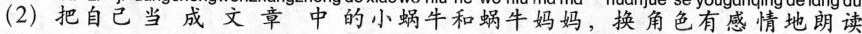
(2)把自己当成文章中的小蜗牛和蜗牛妈妈，换角色有感情地朗读